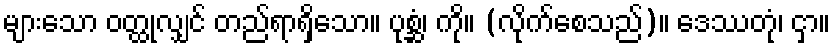
များသော ဝတ္ထုလျှင် တည်ရာရှိသော။ ပုစ္ဆံ၊ ကို။ (လိုက်စေသည်)။ ဒေဿတုံ၊ ငှာ။